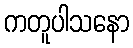
ကတူပါသနော